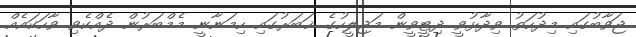
ޖަވާބުގައި މިދުހަތު ވިދާޅުވީ ދިޓީވީން މަޖިލީހުގެ ޚަބަރުގައި ހިމަނާނީ މެމްބަރުން ދެއްކެވި ވާހަކައެއް